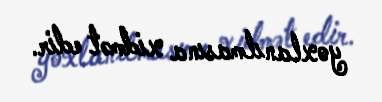
yoxlanılmasına xidmət edir.